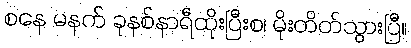
စနေ မနက် ခုနစ်နာရီထိုးပြီးစ၊ မိုးတိတ်သွားပြီ။